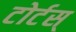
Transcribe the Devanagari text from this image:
टोर्टस्